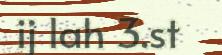
ij lah 3.st